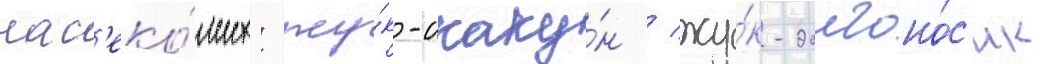
нас'еко́мых: жу́к-скаку́н / жу́к-долгоно́с'ик